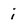
Character: i